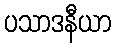
ပသာဒနီယာ